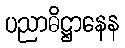
ပညာဓိဋ္ဌာနေန